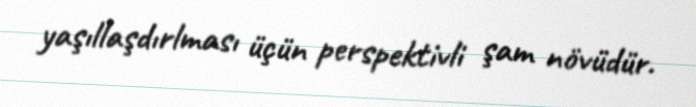
yaşıllaşdırlması üçün perspektivli şam növüdür.